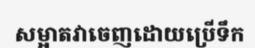
សម្អាតវាចេញដោយប្រើទឹក